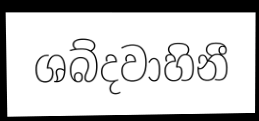
ශබ්දවාහිනී